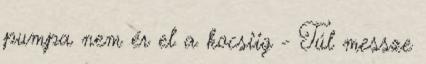
pumpa nem ér el a kocsiig - Túl messze